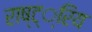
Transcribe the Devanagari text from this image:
राष्ट््रिय